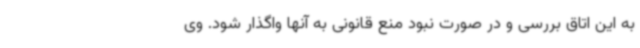
به این اتاق بررسی و در صورت نبود منع قانونی به آنها واگذار شود. وی